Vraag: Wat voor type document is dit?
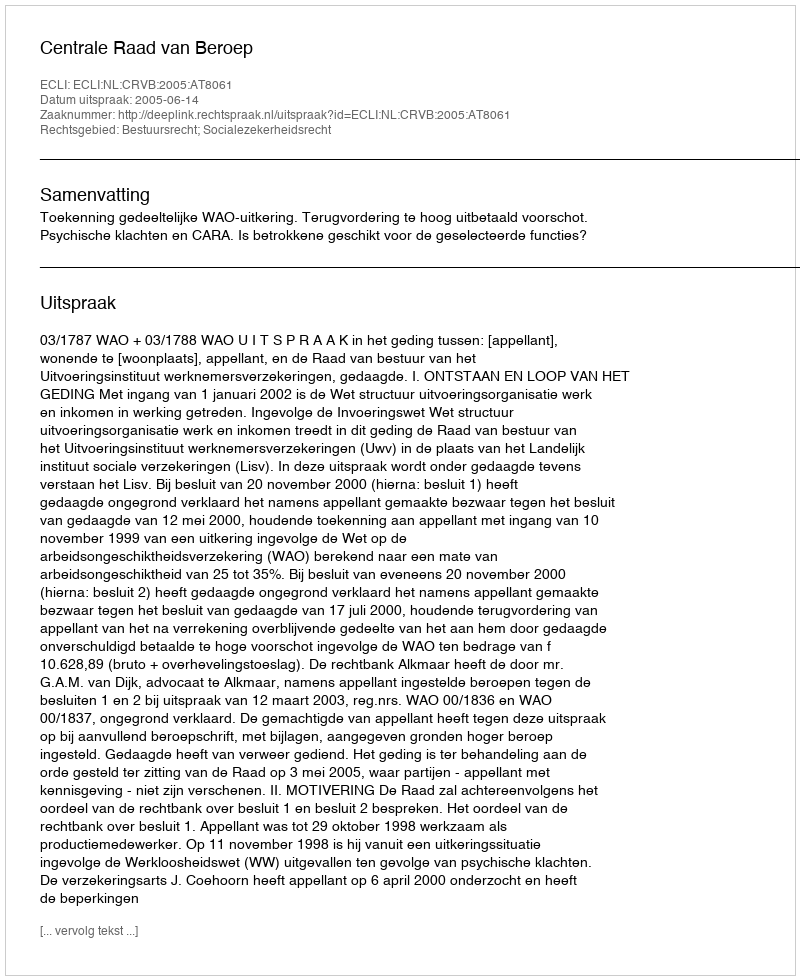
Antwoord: Uitspraak